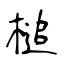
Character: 槌